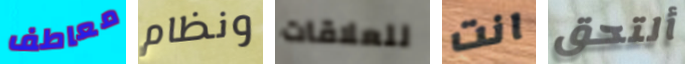
معاطف ونظام للعلاقات انت ألتحق